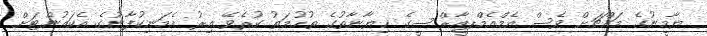
ޔާމީނުގެ މައްޗަށް ވެސް އެމްއެމްޕީއާރްސީގެ ޚިޔާނާތުގެ ތުހުމަތު ކުރެވޭ އިރު އެމަނިކުފާނުގެ އެކައުންޓަށް